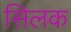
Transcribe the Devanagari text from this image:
सिलक